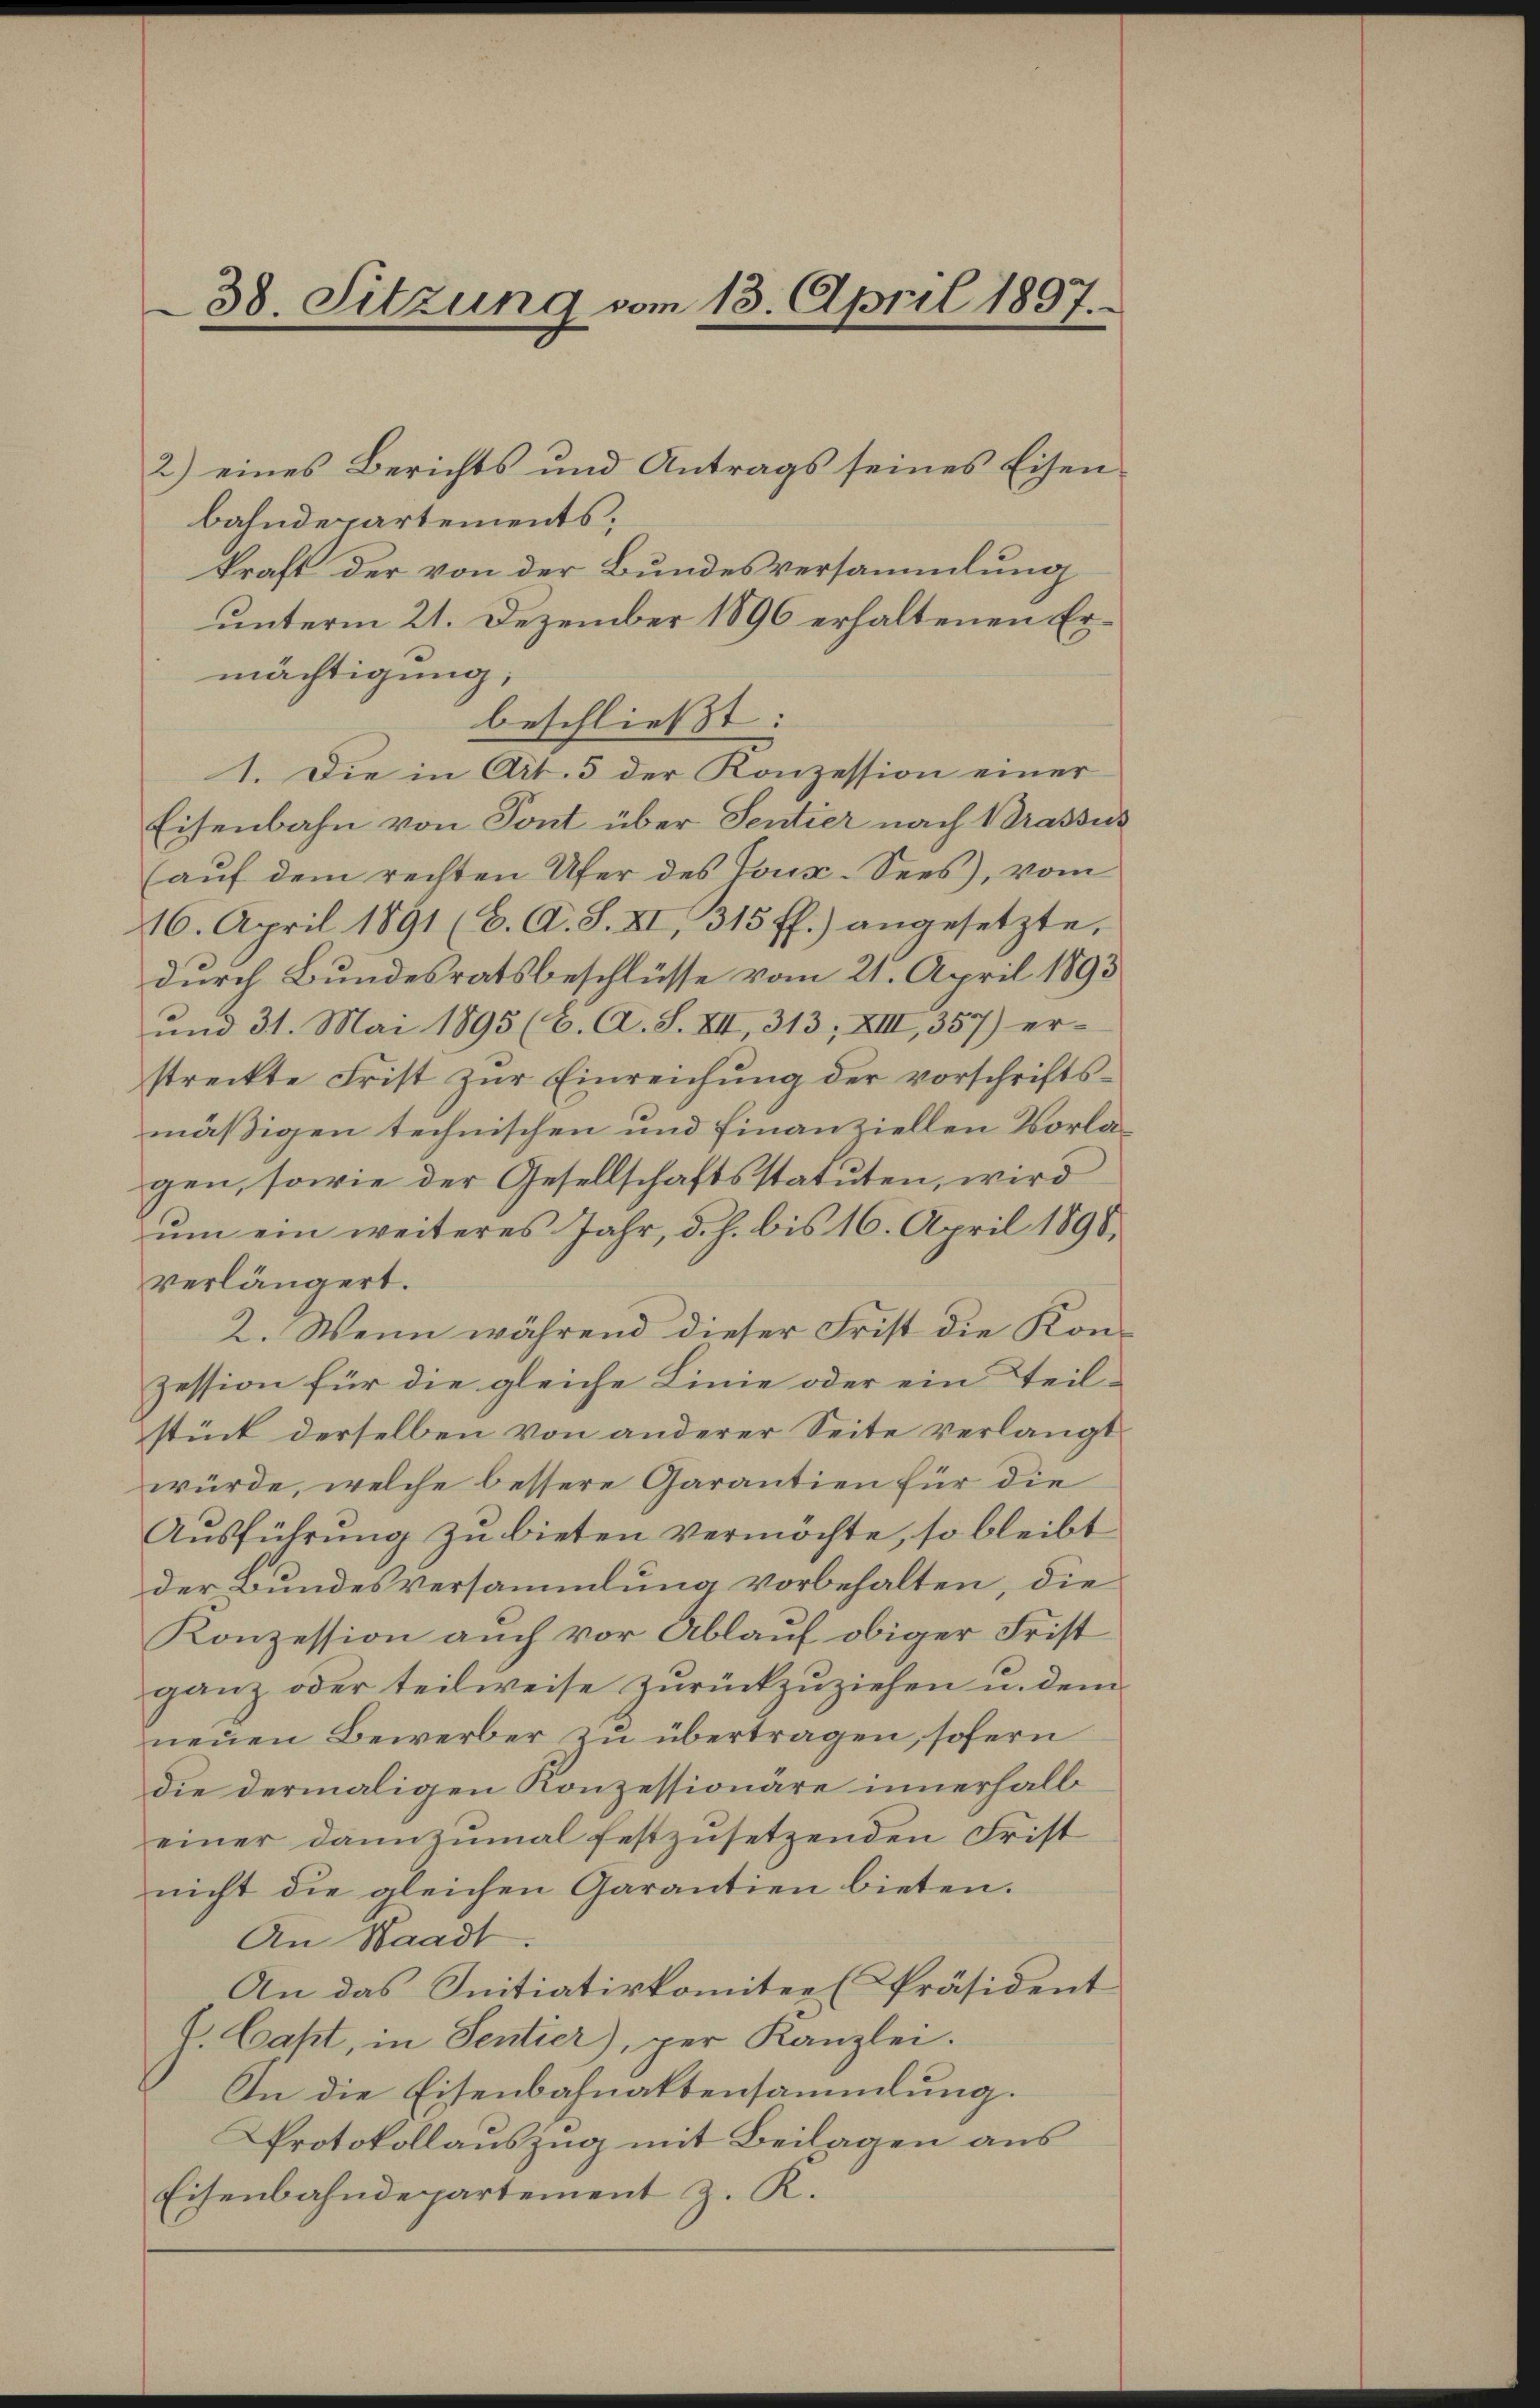
38. Sitzung vom 13. April 1897.

2) eines Berichts und Antrags seines Eisenbahndepartements;
kraft der von der Bundesversammlung
unterm 21. Dezember 1896 erhaltenen Ermächtigung;
beschließt:
1. Die in Art. 5 der Konzession einer
Eisenbahn von Tont über Sentier nach Brassus
(aŭf dem rechten Ufer des Toux. Sees, vom
16. April 1891 (C. A. S. XI, 315 ff.) angesetzte,
durch Bundesratsbeschlüsse vom 21. April 1893
und 31. Mai 1895 (C. A. S. VII, 313; XIII, 357) er-
streckte Frist zŭr Einreichŭng der vorschriftsmäßigen technischen und Finanziellen Vorlagen, sowie der Gesellschaftsstatuten, wird
um ein weiteres Jahr, d. h. bis 16. April 1890.
verlängert.
2. Wenn während dieser Frist die Konzession für die gleiche Linie oder ein Teilstück derselben von anderer Seite verlangt
würde, welche bessere Garantien für die
Ausführung zu bieten vermöchte, so bleibt
der Bundesversammlung vorbehalten, die
Konzession auch vor Ablauf obiger Frist
ganz oder teilweise zurückzuziehen u. dem
neuen Bewerber zu übertragen, sofern
die dermaligen Konzessionäre innerhalb
einer dannzumal festzusetzenden Frist
nicht die gleichen Garantien bieten.
An Waadt.
An das Initiativkomitee Präsident
h. Cast, in Sentier), per Kanzlei.
In die Eisenbahnaktensammlung.
Protokollauszug mit Beilagen aus
Eisenbahndepartement z. K.